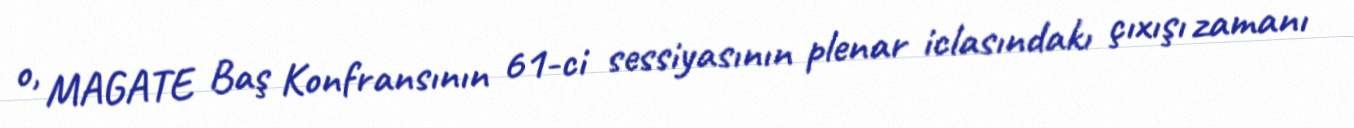
o, MAGATE Baş Konfransının 61-ci sessiyasının plenar iclasındakı çıxışı zamanı